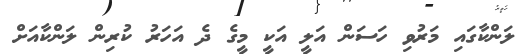
ލަންކާގައި މަރުވި ހަސަން އަލީ އަކީ މީގެ ދެ އަަހަރު ކުރިން ލަންކާއަށް